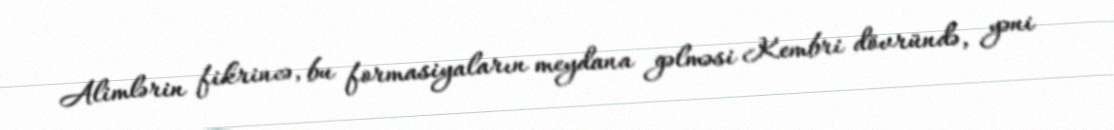
Alimlərin fikrincə, bu formasiyaların meydana gəlməsi Kembri dövründə, yəni